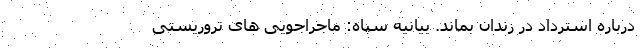
درباره استرداد در زندان بماند. بیانیه سپاه: ماجراجویی های تروریستی